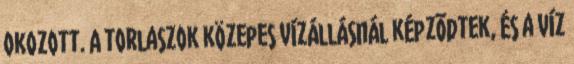
okozott. A torlaszok közepes vízállásnál képzõdtek, és a víz